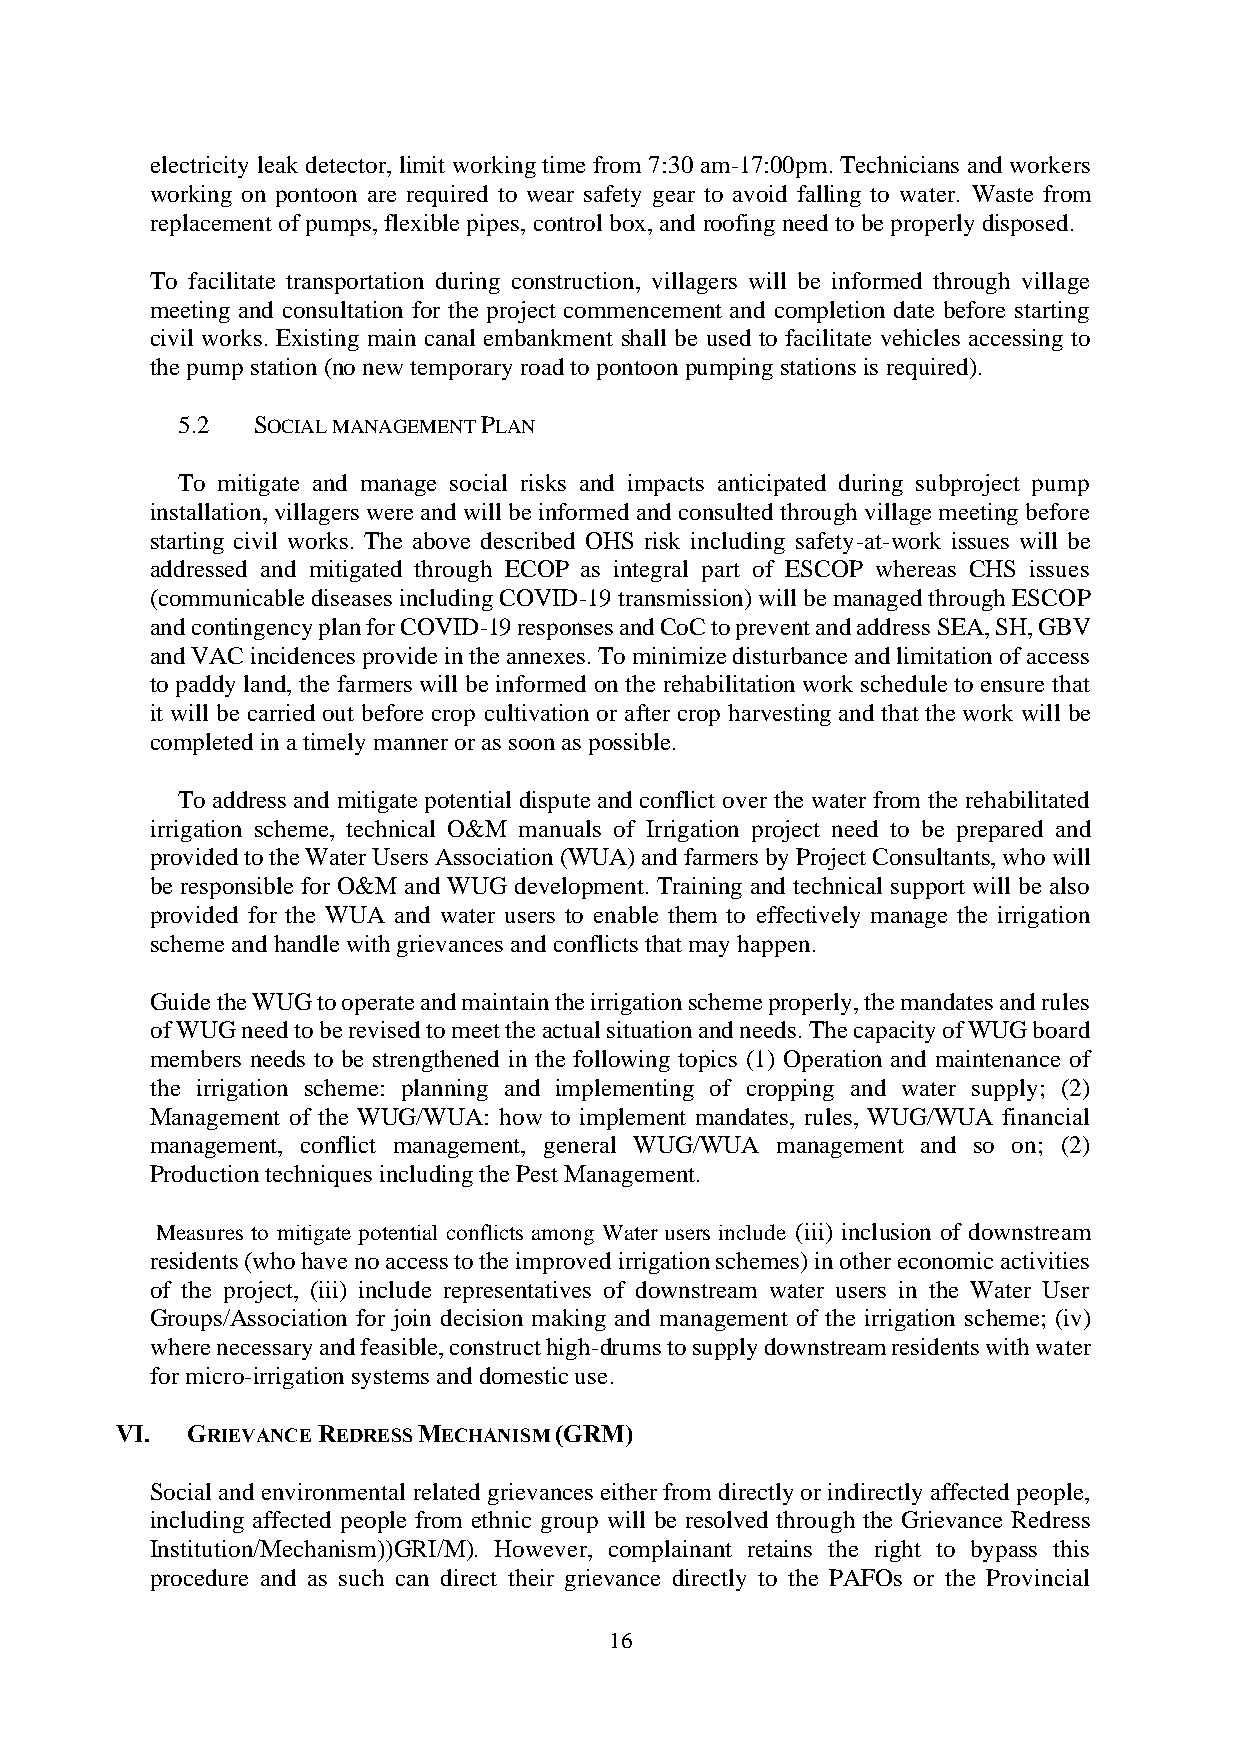
electricity leak detector, limit working time from 7:30 am-17:00pm. Technicians and workers
 working on pontoon are required to wear safety gear to avoid falling to water. Waste from
 replacement of pumps, flexible pipes, control box, and roofing need to be properly disposed.
 To facilitate transportation during construction, villagers will be informed through village
 meeting and consultation for the project commencement and completion date before starting
 civil works. Existing main canal embankment shall be used to facilitate vehicles accessing to
 the pump station (no new temporary road to pontoon pumping stations is required).
 5.2  SOCIAL MANAGEMENT PLAN
 To mitigate and manage social risks and impacts anticipated during subproject pump
 installation, villagers were and will be informed and consulted through village meeting before
 starting civil works. The above described OHS risk including safety-at-work issues will be
 addressed and mitigated through ECOP as integral part of ESCOP whereas CHS issues
 (communicable diseases including COVID-19 transmission) will be managed through ESCOP
 and contingency plan for COVID-19 responses and CoC to prevent and address SEA, SH, GBV
 and VAC incidences provide in the annexes. To minimize disturbance and limitation of access
 to paddy land, the farmers will be informed on the rehabilitation work schedule to ensure that
 it will be carried out before crop cultivation or after crop harvesting and that the work will be
 completed in a timely manner or as soon as possible.
 To address and mitigate potential dispute and conflict over the water from the rehabilitated
 irrigation scheme, technical O&M manuals of Irrigation project need to be prepared and
 provided to the Water Users Association (WUA) and farmers by Project Consultants, who will
 be responsible for O&M and WUG development. Training and technical support will be also
 provided for the WUA and water users to enable them to effectively manage the irrigation
 scheme and handle with grievances and conflicts that may happen.
 Guide the WUG to operate and maintain the irrigation scheme properly, the mandates and rules
 of WUG need to be revised to meet the actual situation and needs. The capacity of WUG board
 members needs to be strengthened in the following topics (1) Operation and maintenance of
 the irrigation scheme: planning and implementing of cropping and water supply; (2)
 Management of the WUG/WUA: how to implement mandates, rules, WUG/WUA financial
 management, conflict management, general WUG/WUA management and so on; (2)
 Production techniques including the Pest Management.
 Measures to mitigate potential conflicts among Water users include (iii) inclusion of downstream
 residents (who have no access to the improved irrigation schemes) in other economic activities
 of the project, (iii) include representatives of downstream water users in the Water User
 Groups/Association for join decision making and management of the irrigation scheme; (iv)
 where necessary and feasible, construct high-drums to supply downstream residents with water
 for micro-irrigation systems and domestic use.
 VI. GRIEVANCE REDRESS MECHANISM (GRM)
 Social and environmental related grievances either from directly or indirectly affected people,
 including affected people from ethnic group will be resolved through the Grievance Redress
 Institution/Mechanism((GRI/M). However, complainant retains the right to bypass this
 procedure and as such can direct their grievance directly to the PAFOs or the Provincial
 16